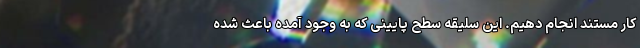
کار مستند انجام دهیم. این سلیقه سطح پایینی که به وجود آمده باعث شده